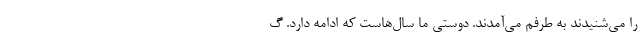
را می‌شنیدند به طرفم می‌آمدند. دوستی ما سال‌هاست که ادامه دارد. گ